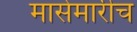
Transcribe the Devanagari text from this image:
मासेमारीच